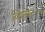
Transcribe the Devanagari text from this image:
विशेष्ा